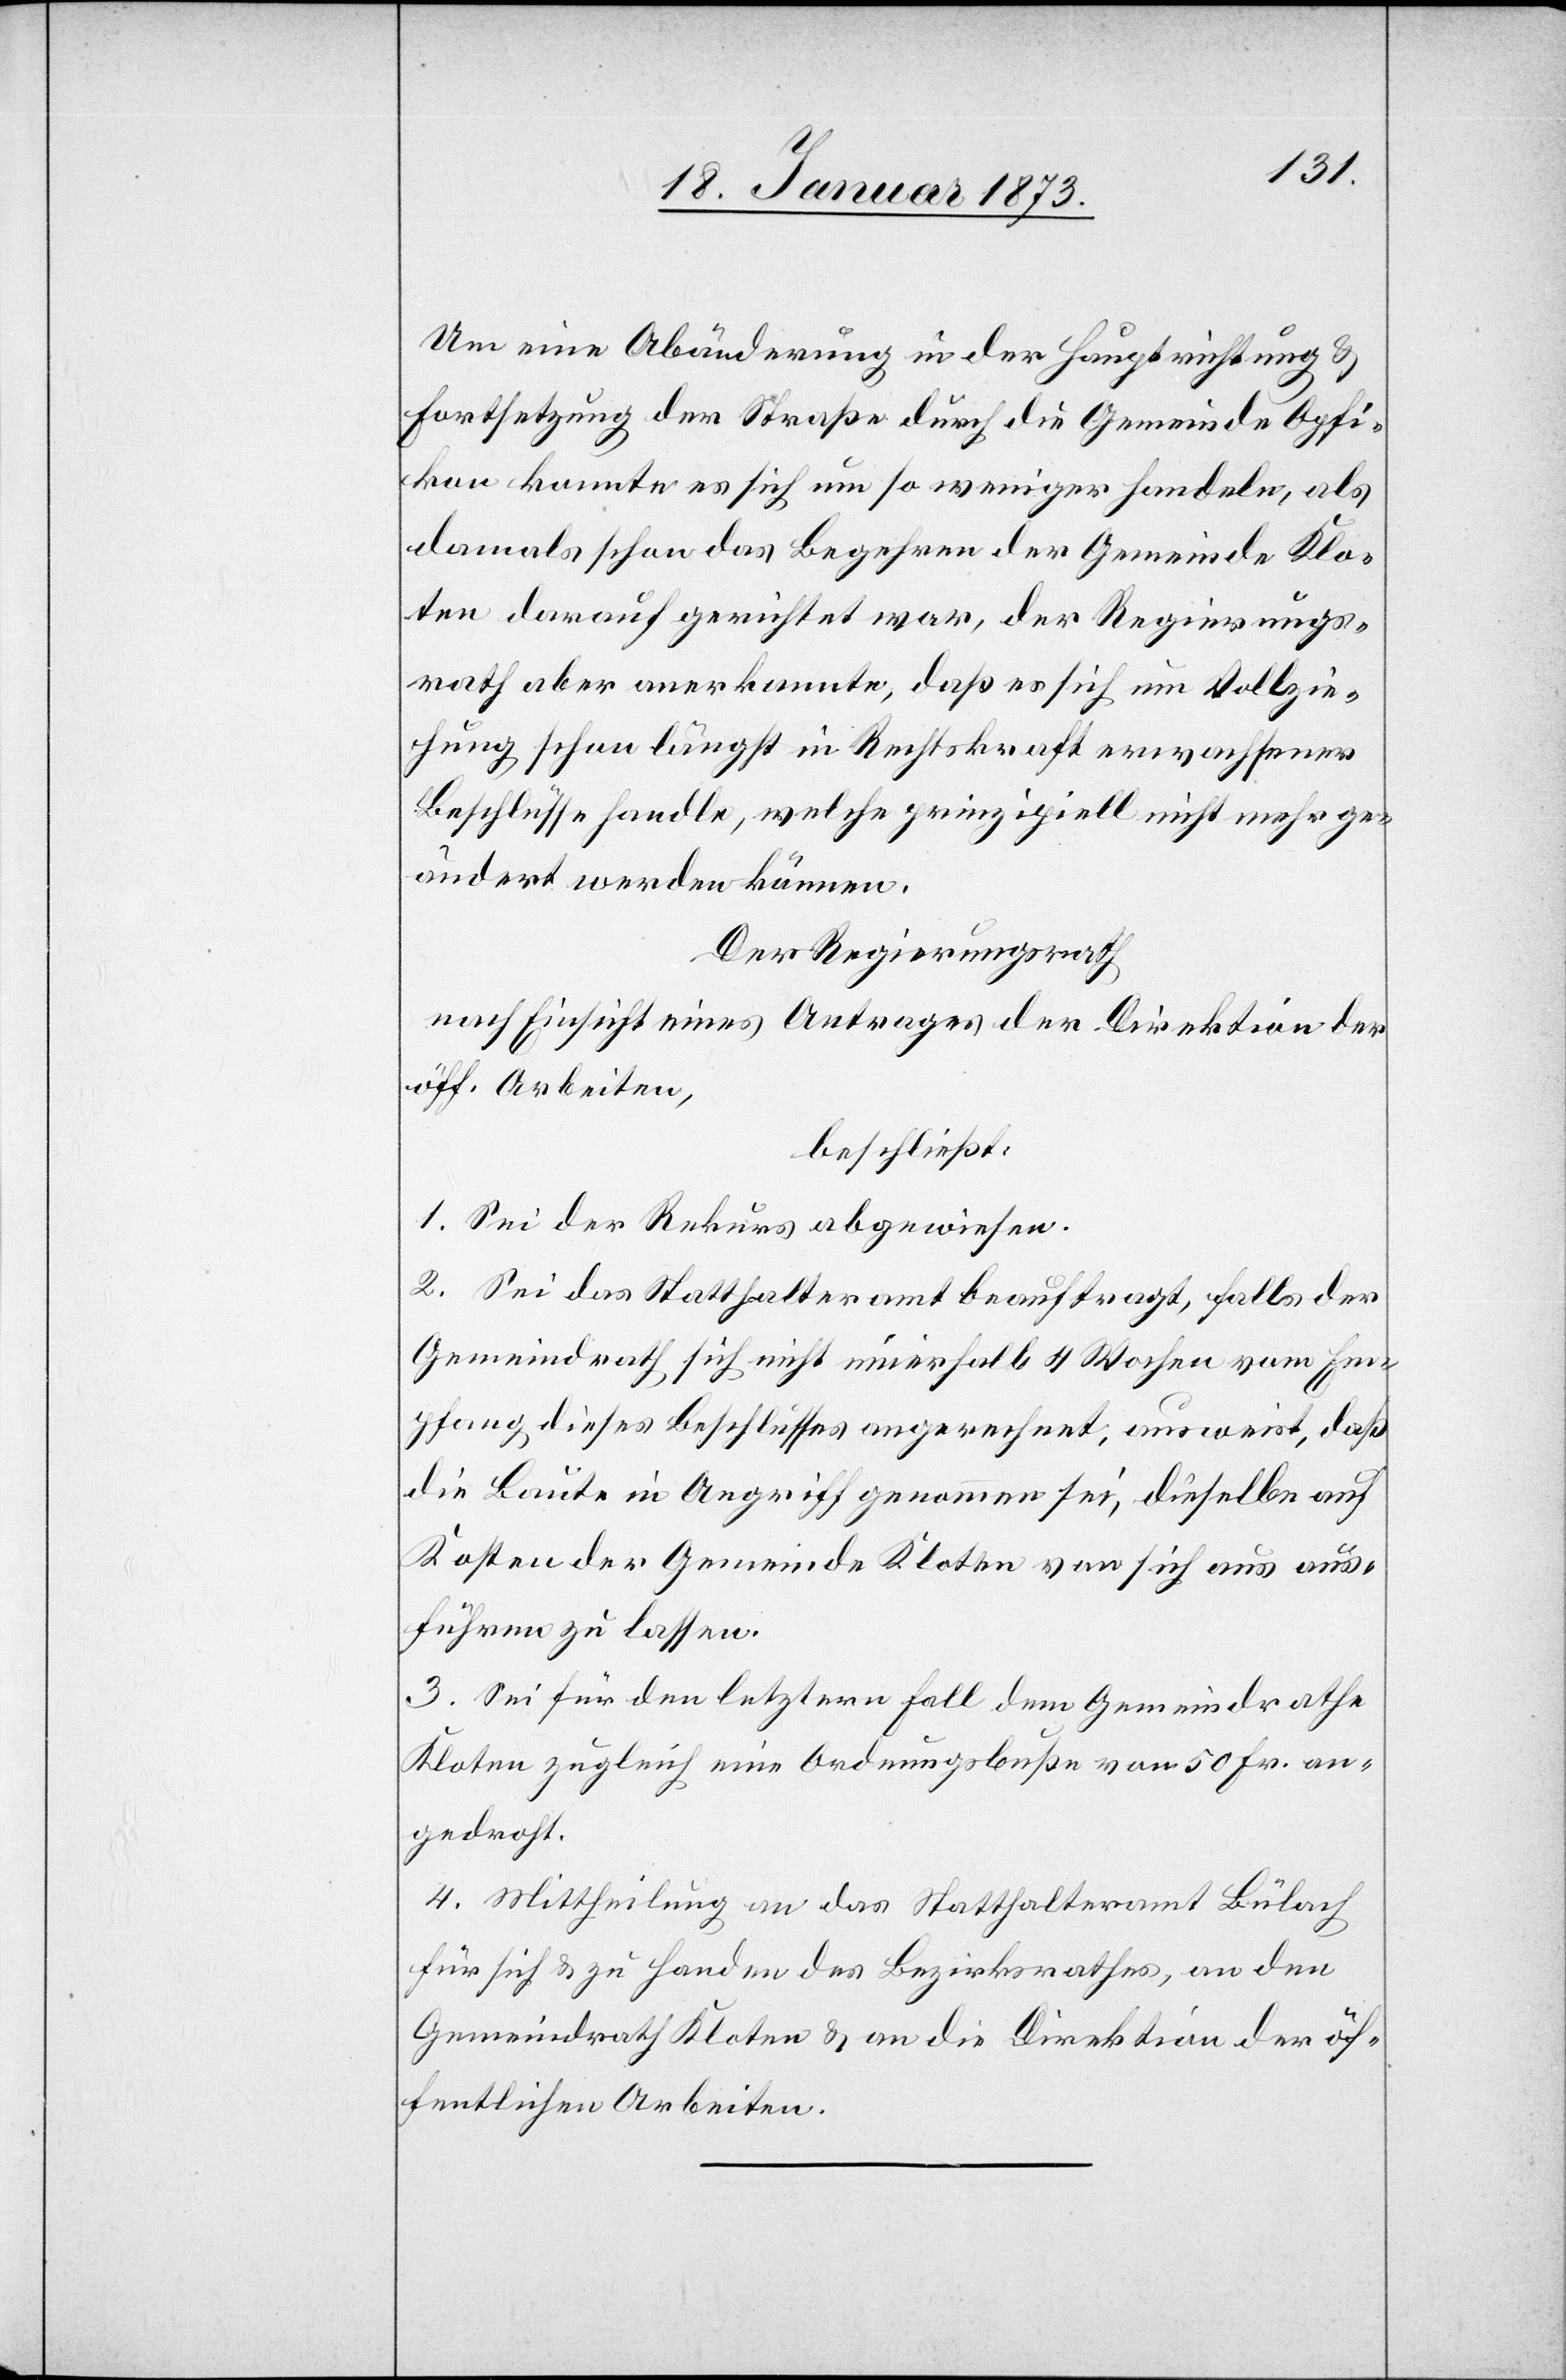
Um eine Abänderung in der Hauptrichtung u.
Fortsetzung der Straße durch die Gemeinde Opfi¬
kon konnte es sich um so weniger handeln, als
damals schon das Begehren der Gemeinde Klo¬
ten darauf gerichtet war, der Regierungs¬
rath aber anerkannte, daß es sich um Vollzie¬
hung schon längst in Rechtskraft erwachsener
Beschlüsse handle, welche prinzipiell nicht mehr ge¬
ändert werden können.
Der Regierungsrath,
nach Einsicht eines Antrages der Direktion der
öff. Arbeiten,
beschließt:
1. Sei der Rekurs abgewiesen.
2. Sei das Statthalteramt beauftragt, falls der
Gemeindrath sich nicht innerhalb 4 Wochen vom Em¬
pfang dieses Beschlusses angerechnet, ausweist, daß
die Baute in Angriff genommen sei, dieselbe auf
Kosten der Gemeinde Kloten von sich aus aus¬
führen zu lassen.
3. Sei für den letztern Fall dem Gemeindrathe
Kloten zugleich eine Ordnungsbuße von 50 Fr. an¬
gedroht.
4. Mittheilung an das Statthalteramt Bülach
für sich u. zu Handen des Bezirksrathes, an den
Gemeindrath Kloten u. an die Direktion der öf¬
fentlichen Arbeiten.